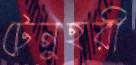
টেনুহরী